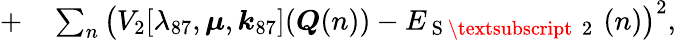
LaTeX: \begin{array}{rl}{+}&{{}\sum_{n}\left(V_{2}[\lambda_{87},\boldsymbol{\mu},\boldsymbol{k}_{87}](\boldsymbol{Q}(n))-E_{\mathrm{~S~\textsubscript~{~2~}~}}(n)\right)^{2},}\end{array}